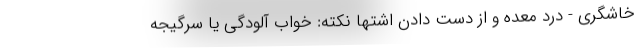
خاشگری - درد معده و از دست دادن اشتها نکته: خواب‌ آلودگی یا سرگیجه